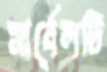
মার্বেলটি